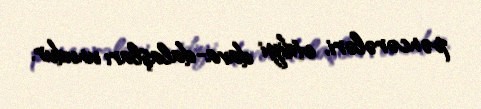
pəncərələri, etdiyi dava-dalaşları unudur.